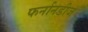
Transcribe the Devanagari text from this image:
फर्नानडीज